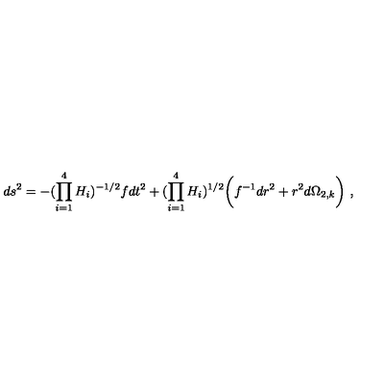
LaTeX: d s ^ { 2 } = - { ( \prod _ { i = 1 } ^ { 4 } H _ { i } ) ^ { - 1 / 2 } } f d t ^ { 2 } + ( \prod _ { i = 1 } ^ { 4 } H _ { i } ) ^ { 1 / 2 } \bigg ( f ^ { - 1 } { d r ^ { 2 } } + r ^ { 2 } d \Omega _ { 2 , k } \bigg ) \ ,